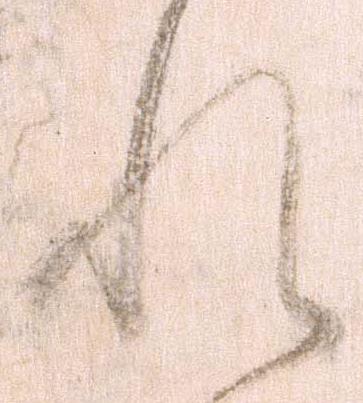
れ